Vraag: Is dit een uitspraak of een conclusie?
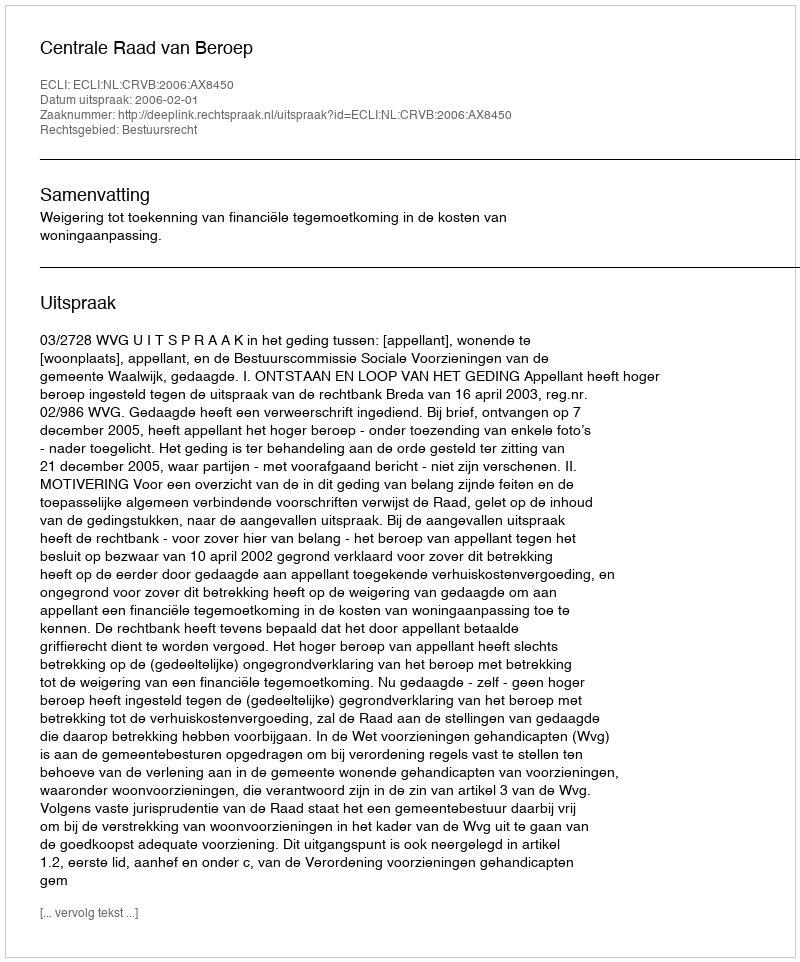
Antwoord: Uitspraak